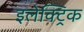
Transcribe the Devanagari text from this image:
इलेक्‍ट्रिक